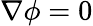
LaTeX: \nabla\phi=0